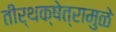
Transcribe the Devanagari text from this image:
तीर्थक्षेत्रामुळे